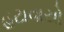
હટાવાયો